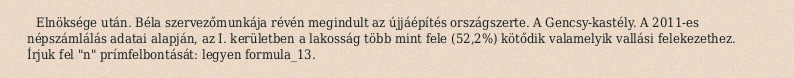
Elnöksége után. Béla szervezőmunkája révén megindult az újjáépítés országszerte. A Gencsy-kastély. A 2011-es népszámlálás adatai alapján, az I. kerületben a lakosság több mint fele (52,2%) kötődik valamelyik vallási felekezethez. Írjuk fel "n" prímfelbontását: legyen formula_13.